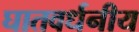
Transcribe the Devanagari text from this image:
घातवर्धनीय